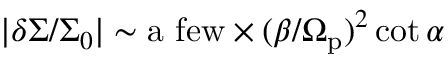
\vert \delta \Sigma / \Sigma _ { 0 } \vert \sim \mathrm { a \, \, f e w } \times ( \beta / \Omega _ { \mathrm { p } } ) ^ { 2 } \cot \alpha